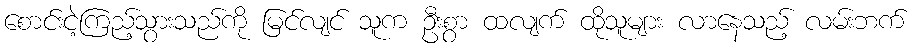
စောင်းငဲ့ကြည့်သွားသည်ကို မြင်လျင် သူက ဦးစွာ ထလျက် ထိုသူများ လာနေသည့် လမ်းဘက်